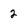
Character: 2